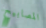
المصابيح